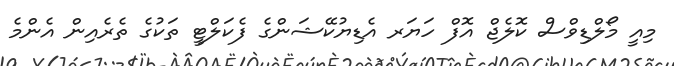
މިއީ މޯލްޑިވްސް ކޮލެޖް އޮފް ހަޔަރ އެޑިޔުކޭޝަންގެ ފެކަލްޓީ ތަކުގެ ތެރެއިން އެންމެ